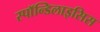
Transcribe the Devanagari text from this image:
स्पाॅन्डिलाइसिस